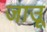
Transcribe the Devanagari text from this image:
जाउू